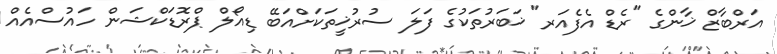
އަރްބާޒް ޚާންގެ "ރެޑް އެފެއަރ" ޚަބަރުތަކުގެ ފަލަ ސުރުޚީތަކަށްއަބޭ ޑިއޯލް ޕްރޮޑަކްޝަން ހައުސްއެއް